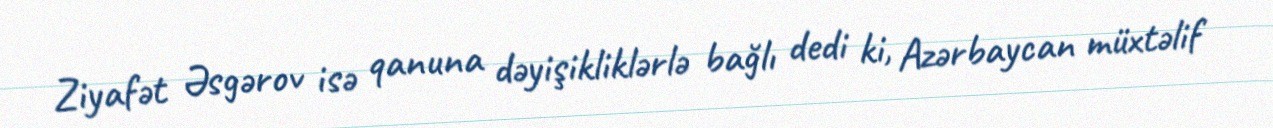
Ziyafət Əsgərov isə qanuna dəyişikliklərlə bağlı dedi ki, Azərbaycan müxtəlif